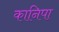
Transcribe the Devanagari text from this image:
कानिपा